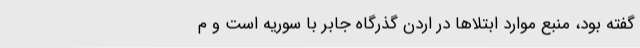
گفته بود، منبع موارد ابتلاها در اردن گذرگاه جابر با سوریه است و م